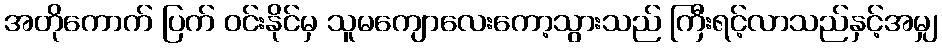
အတိုကောက် ပြက် ဝင်းနိုင်မှ သူမကျောလေးကော့သွားသည် ကြီးရင့်လာသည်နှင့်အမျှ